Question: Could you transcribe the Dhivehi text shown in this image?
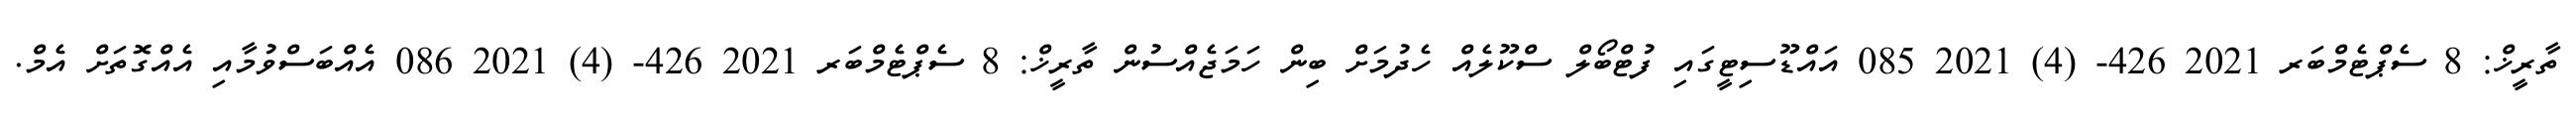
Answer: ތާރީޚް: 8 ސެޕްޓެމްބަރ 2021 426- (4) 2021 085 އައްޑޫސިޓީގައި ފުޓްބޯލް ސްކޫލެއް ހެދުމަށް ބިން ހަމަޖެއްސުން ތާރީޚް: 8 ސެޕްޓެމްބަރ 2021 426- (4) 2021 086 އެއްބަސްވުމާއި އެއްގޮތަށް އެމް.